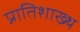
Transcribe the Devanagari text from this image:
प्रातिशाख्थ